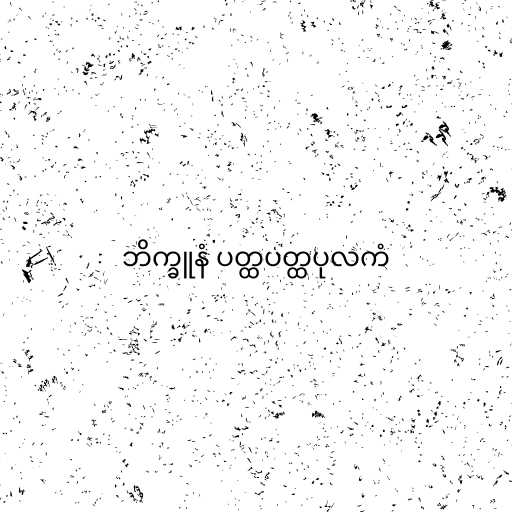
ဘိက္ခူနံ ပတ္ထပတ္ထပုလကံ